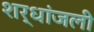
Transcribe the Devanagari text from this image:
शर्धांजली